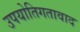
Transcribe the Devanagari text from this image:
उपयोतिगतावाद